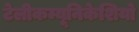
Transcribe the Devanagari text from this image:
टेलीकम्यूनिकेशियो